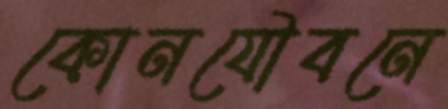
কোনযৌবনে